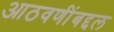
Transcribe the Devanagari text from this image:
आठवणींबद्दल